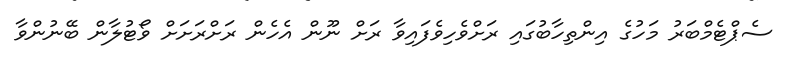
ސެޕްޓެމްބަރު މަހުގެ އިންތިހާބުގައި ރަށްވެހިވެފައިވާ ރަށް ނޫން އެހެން ރަށްރަށަށް ވޯޓުލާން ބޭނުންވާ